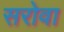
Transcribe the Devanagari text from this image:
सरोवा